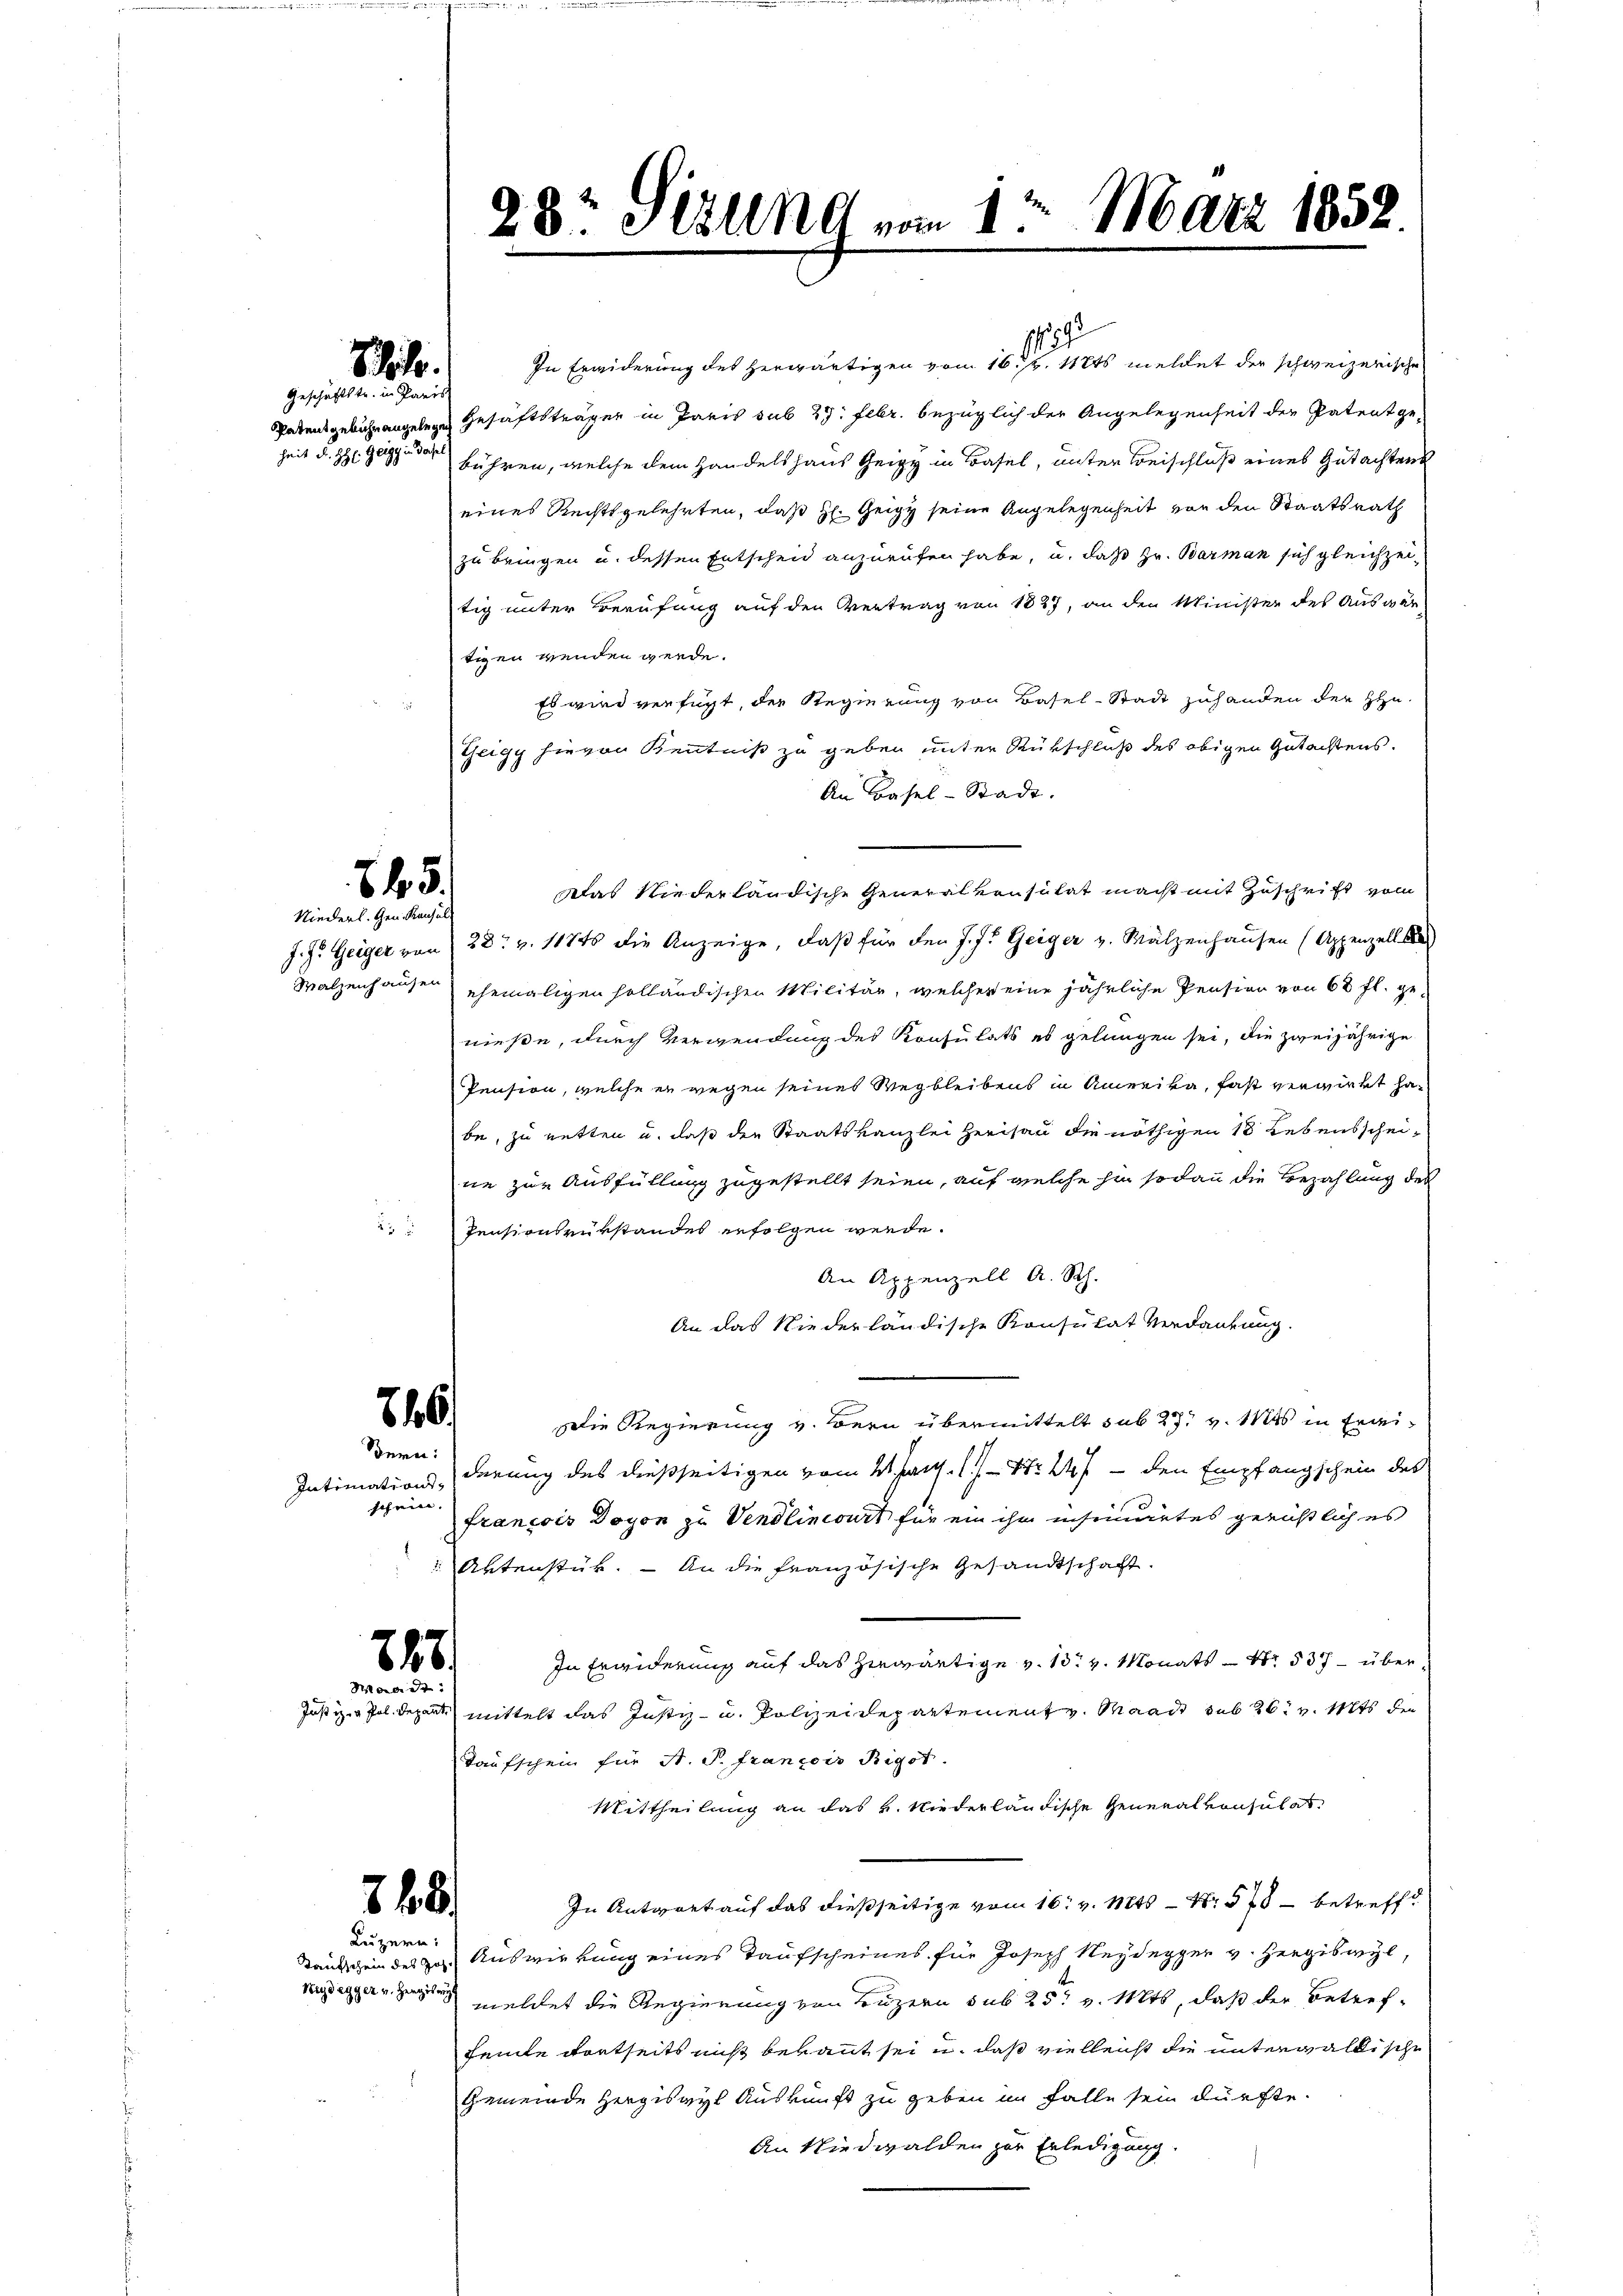
88.
Geschäftstr. u. Paris

heit Fr. H. Geigg in dasel

schein.

247/
Maidt

Tautschein des Joh.
Nidegger v. Hergis auf

845.
Niederl. Gen. Kanzel

246.
Bern:

29
In Erwiderung des herwärtigen von 16 v. Mts. meldet der schweizerische
Patensgebührengelege Gehaftsträgen in Paris sub 27. Febr. bezüglich der Angelegenheit der Patent ge-
bühren, welche dem Handelshaus Geizy in Basel, unter Beischluß eines Gutachtens
eines Rechtsgelehrten, daß H. Zeigy seine Angelegenheit von den Staatsrath
zu bringen u. dessen Entscheid anzurufen habe, u. daß Hr. Barman sich gleichzeitig unter Berufung auf den Vertrag von 1827, an den Minister des Auswärtigen wenden werde.
Es wird verfügt, der Regierung von Basel-Stadt zuhanden der Heu¬
Zeigy hievon Kenntniß zu geben unter Rükschluß des obigen Gutachtens.
An Basel-Stadt.
Das Niederländische Generalkonsulat macht mit Zuschrift vom
J. H. Geiger von 28. v. 11745 die Anzeige, daß für den J. J. Geiger v. Walzenhausen (Appenzell s
Walzenhausen ehemaligen holländischen Militär, welcher eine jährliche Pension von 68 fl. genieße, durch Verwendung des Konsulats es gelangen sei, die zweijährige
Pension, welche er wegen seines Wegbleibens in Anreiva, fast verwirkt habe, zu netten u. daß der Staatskanzlei Herisau die nöthigen 18 Lebensscheine zur Ausfüllung zugestellt seien, auf welche hin sodann die Bezahlung des
Pensionsrükstandes erfolgen werde.
An Appenzell A. Rh.
An das Niederländische Konsulat Verdankung.
Die Regierung v. Bern übermittelt sub 23t v. Mts. in Frei¬
Intimationsderung des dießseitigen vom 21. Jan. 1) Nr. 24 - den Empfangschein des
francois Doyon zu Vendlinoirt für ein ihm insinuirtes gerüstlich es
 Aktenstük. - An die französische Gesandtschaft.
In Erwiderung auf das herwärtige v. 13. v. Monats Nr. 537 – über¬
Justiz- & Pol. Depart mittelt das Justiz- u. Polizeidepartement v. Waadt sub 26. v. Mts. der
Taufschein für A. S. François Rigot.
Mittheilung an das v. Niederländische Generalkonsulat
In Antwort auf das dießseitige vom 16. v. Mts. — N. 578 – betreff
Auswirkung eines Taufscheines für Joseph Neidegger v. Hergiswyl,
meldet die Regierung von Luzern sub 25t v. Mts, daß der Betreffeile dortseits nicht bekannt sei u. daß vielleicht die untergaldische
Gemeinde Hergiswyl Auskunft zu geben im Falle sein dürfte.
An Nidwalden zur Erledigung.

2 f
Luzern:

28t Jesung vom 1. März 1852.